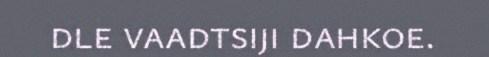
dle vaadtsiji dahkoe.